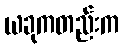
ယခုကတည်းက